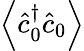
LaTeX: \left\langle\hat{c}_{0}^{\dagger}\hat{c}_{0}\right\rangle